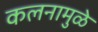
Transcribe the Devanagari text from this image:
कलनामुळे